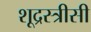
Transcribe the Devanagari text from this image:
शूद्रस्त्रीसी